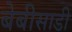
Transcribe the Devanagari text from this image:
बेबीसाडी